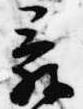
辞